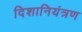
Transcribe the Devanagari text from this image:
दिशानियंत्रण